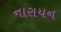
નારાયન